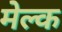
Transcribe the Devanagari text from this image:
मेल्क